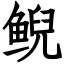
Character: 鲵